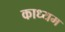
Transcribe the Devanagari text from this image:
काध्यम